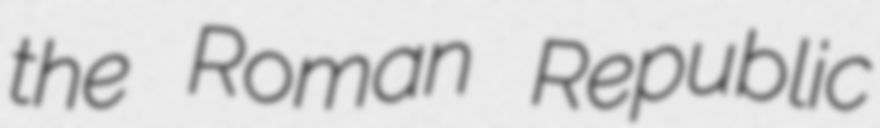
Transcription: the Roman Republic